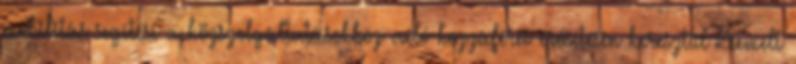
mobilitás segítése a közszolgáltatásokhoz való hozzáférés erősítésén keresztül Kiemelt